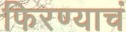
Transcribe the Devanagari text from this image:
फिरण्याचं